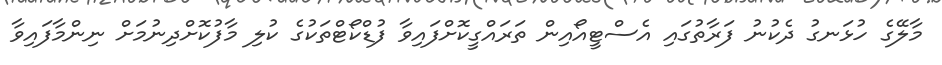
މާލޭގެ ހުޅަނގު ދެކުނު ފަރާތުގައި އެސްޓީއޯއިން ތަރައްގީކޮށްފައިވާ ފުޑްކޯޓްތަކުގެ ކުލި މާފުކޮށްދިނުމަށް ނިންމާފައިވާ